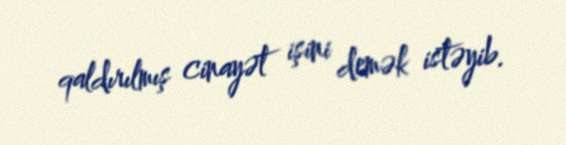
qaldırılmış cinayət işini demək istəyib.